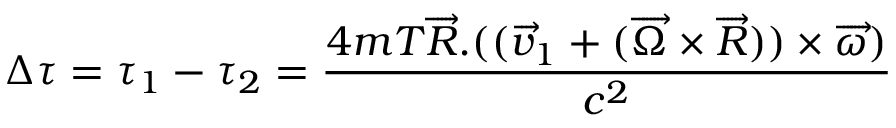
\Delta \tau = \tau _ { 1 } - \tau _ { 2 } = \frac { 4 m T \overrightarrow { R } . ( ( \overrightarrow { v } _ { 1 } + ( \overrightarrow { \Omega } \times \overrightarrow { R } ) ) \times \overrightarrow { \omega } ) } { c ^ { 2 } }